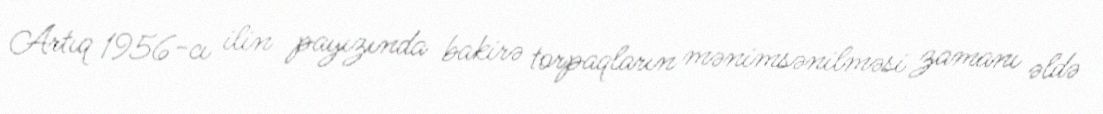
Artıq 1956-cı ilin payızında bakirə torpaqların mənimsənilməsi zamanı əldə